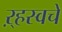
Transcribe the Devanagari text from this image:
ऱ्हस्वचे